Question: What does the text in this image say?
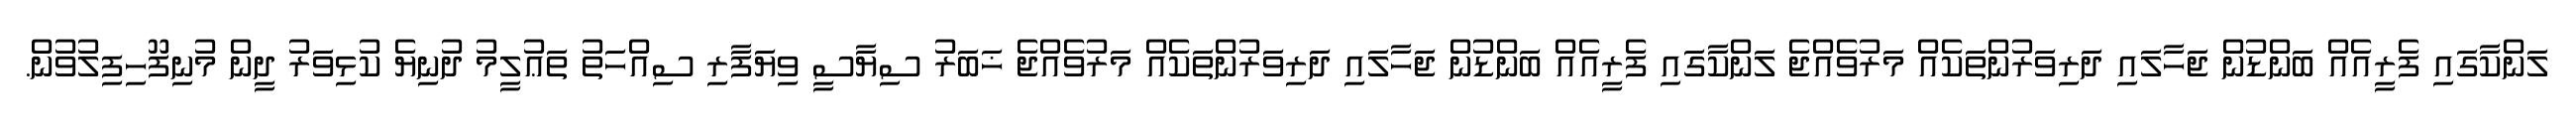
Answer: ލަންކާގައި ފެރީއެއް ބަންޑުން ޖަހާލައި ދަރިވަރުންތަކެއް މަރުވެއްޖެ ލަންކާގައި ފެރީއެއް ބަންޑުން ޖަހާލައި ދަރިވަރުންތަކެއް މަރުވެއްޖެ ޚަބަރު ސިޔާސީ ވިޔަފާރި ސިއްހަތު ތަޢުލީމު ދުނިޔެ ކުޅިވަރު ދީން މުނިފޫހިފިލުވުން.